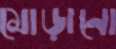
মোড়ানো